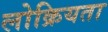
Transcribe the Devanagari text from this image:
लोक्रियता